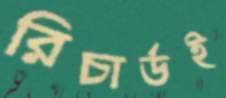
রিচার্ডই